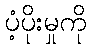
ပံ့ပိုးမှုကို